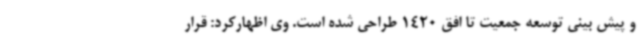
و پیش بینی توسعه جمعیت تا افق 1420 طراحی شده است. وی اظهارکرد: قرار